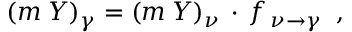
\left( m \: Y \right) _ { \gamma } = \left( m \: Y \right) _ { \nu } \, \cdot \, f _ { \, \nu \rightarrow \gamma } \; \; ,